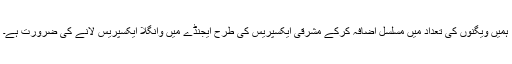
ہمیں ویگنوں کی تعداد میں مسلسل اضافہ کرکے مشرقی ایکسپریس کی طرح ایجنڈے میں وانگلا ایکسپریس لانے کی ضرورت ہے۔